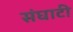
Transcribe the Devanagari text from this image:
संघाटी